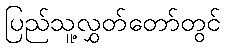
ပြည်သူ့လွှတ်တော်တွင်